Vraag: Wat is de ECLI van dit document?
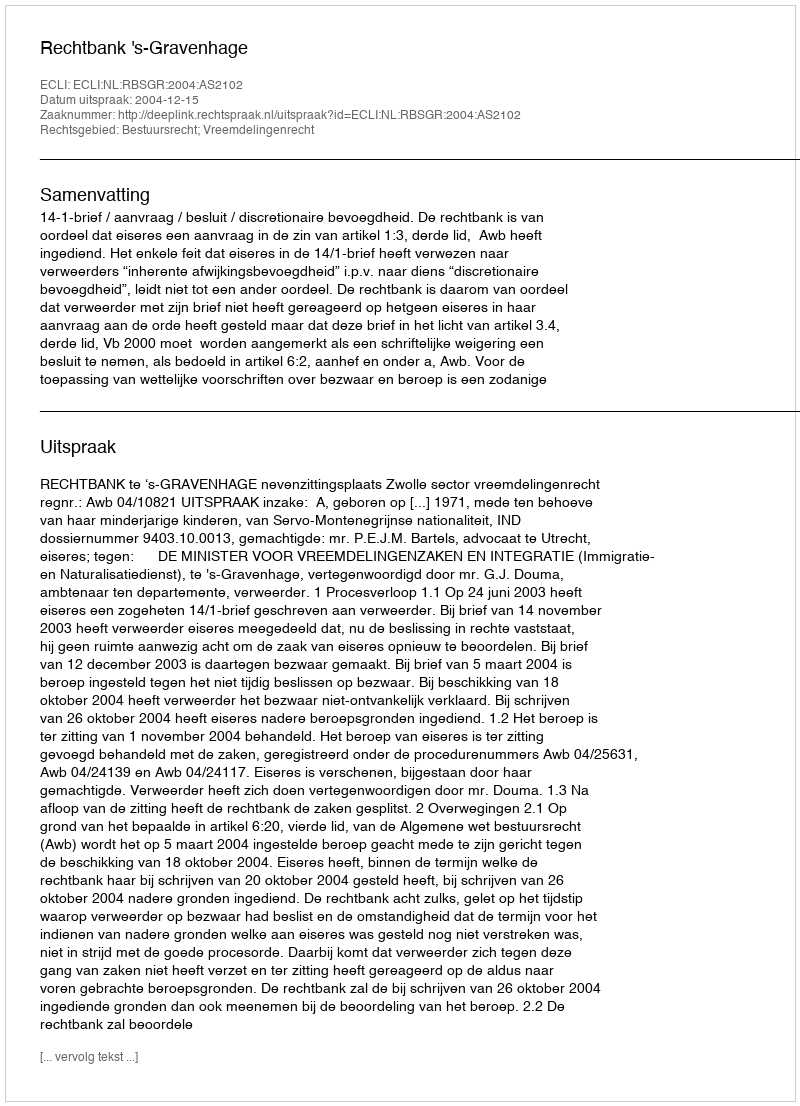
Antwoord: ECLI:NL:RBSGR:2004:AS2102